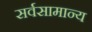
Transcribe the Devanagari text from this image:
सर्वसामान्‍य